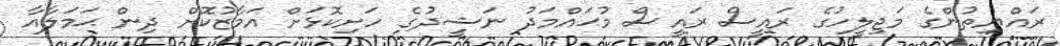
ރައްޔިތުންގެ މަޖިލީހުގެ ރައީސް ރައީސް މުޙައްމަދު ނަޝީދުގެ ހަށިކޮޅަށް އަމާޒުކޮށް ދިން ޙަމަލާއާ